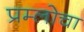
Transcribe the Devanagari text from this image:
प्रम्लोचा